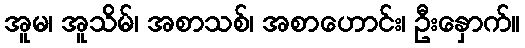
အူမ၊ အူသိမ်၊ အစာသစ်၊ အစာဟောင်း၊ ဦးနှောက်။